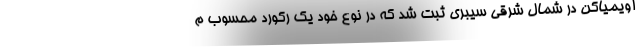
اویمیاکن در شمال شرقی سیبری ثبت شد که در نوع خود یک رکورد محسوب م